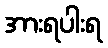
အားရပါးရ